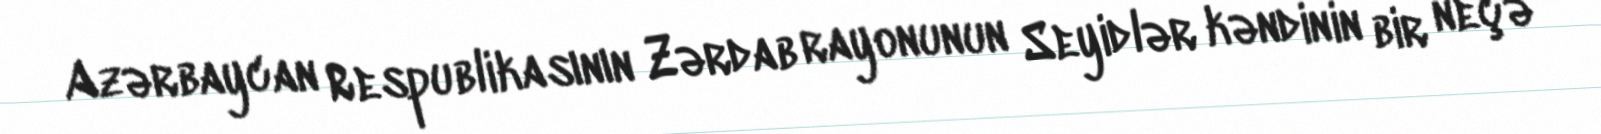
Azərbaycan Respublikasının Zərdab rayonunun Seyidlər kəndinin bir neçə